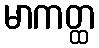
မာကတ္ထ